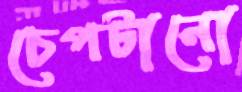
চেপটানো